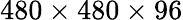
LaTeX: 480\times 480\times 96